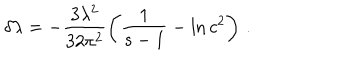
\delta \lambda = - \frac { 3 \lambda ^ { 2 } } { 3 2 \pi ^ { 2 } } \left( { \frac { 1 } { s - 1 } } - \ln c ^ { 2 } \right) \, .